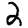
Digit: 2